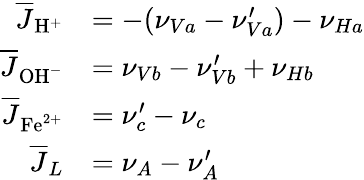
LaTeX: \begin{array}{rl}{\overline{{J}}_{\mathrm{H}^{+}}}&{=-(\nu_{Va}-\nu_{Va}^{\prime})-\nu_{Ha}}\\ {\overline{{J}}_{\mathrm{OH}^{-}}}&{=\nu_{Vb}-\nu_{Vb}^{\prime}+\nu_{Hb}}\\ {\overline{{J}}_{\mathrm{Fe}^{2+}}}&{=\nu_{c}^{\prime}-\nu_{c}}\\ {\overline{{J}}_{L}}&{=\nu_{A}-\nu_{A}^{\prime}}\end{array}